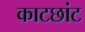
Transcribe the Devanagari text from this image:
काटछांट